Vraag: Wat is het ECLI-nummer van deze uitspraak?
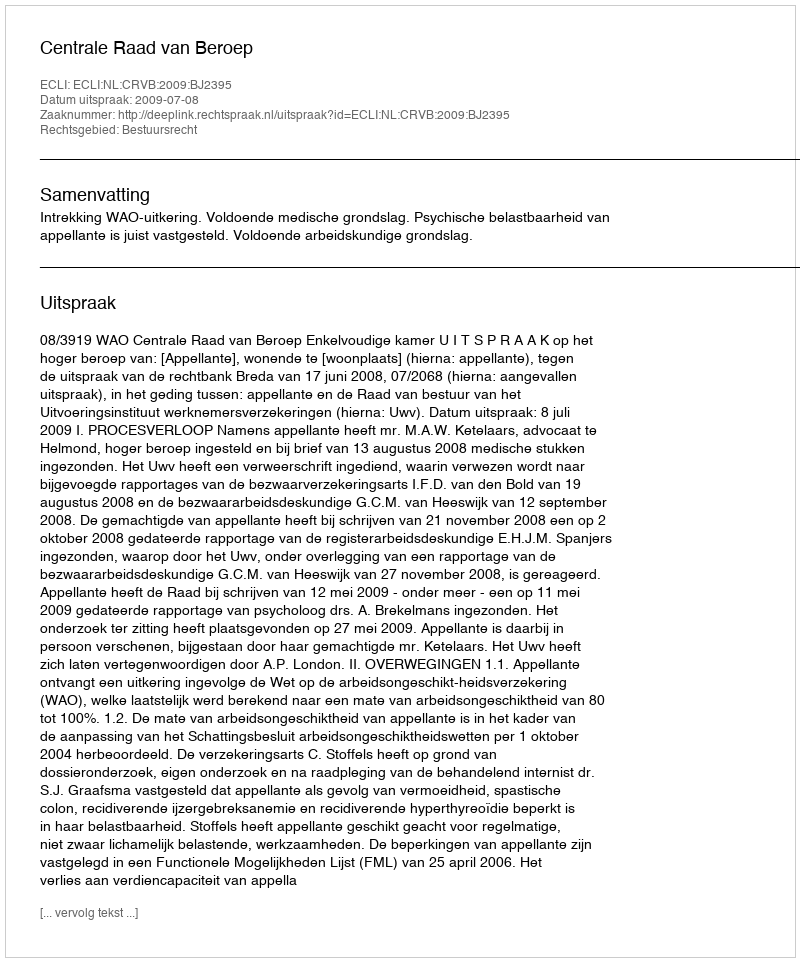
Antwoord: ECLI:NL:CRVB:2009:BJ2395